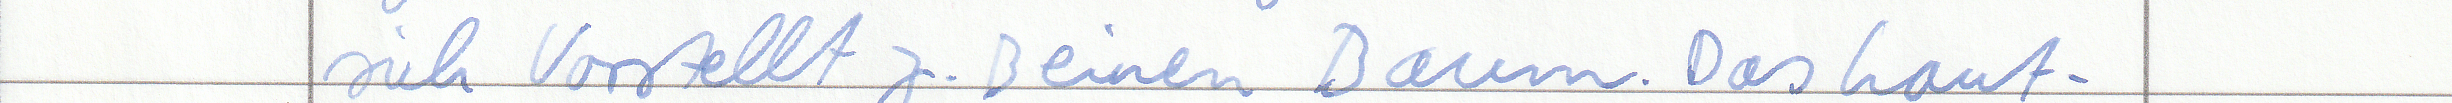
sich Vorstellt z.B einen Baum. Das Laut -